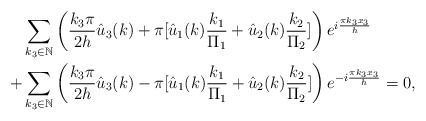
\begin{align*}& \sum_{k_3\in \mathbb{N}}\left(\frac{k_3\pi}{2h}\hat{u}_3(k)+\pi [\hat{u}_1(k)\frac{k_1}{\Pi_1}+\hat{u}_2(k)\frac{k_2}{\Pi_2}] \right)e^{i\frac{\pi k_3x_3}{h}} \\+&\sum_{k_3 \in \mathbb{N}}\left(\frac{k_3\pi}{2h}\hat{u}_3(k)-\pi [\hat{u}_1(k)\frac{k_1}{\Pi_1}+\hat{u}_2(k)\frac{k_2}{\Pi_2}] \right)e^{-i\frac{\pi k_3x_3}{h}}=0,\end{align*}